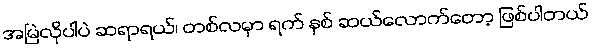
အမြဲလိုပါပဲ ဆရာရယ်၊ တစ်လမှာ ရက် နှစ် ဆယ်လောက်တော့ ဖြစ်ပါတယ်